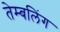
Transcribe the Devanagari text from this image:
तेम्बलिंग